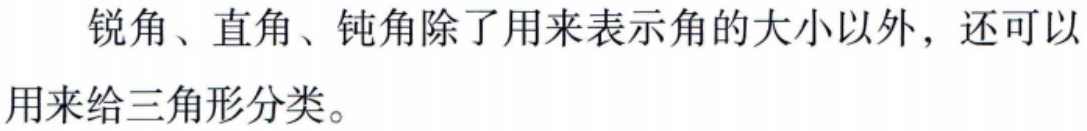
锐角、直角、钝角除了用来表示角的大小以外，还可以用来给三角形分类。